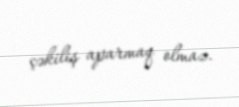
çəkiliş aparmaq olmaz.